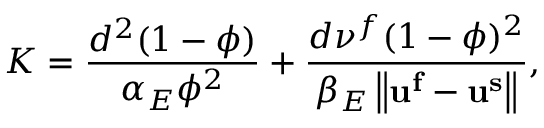
K = \frac { d ^ { 2 } ( 1 - \phi ) } { \alpha _ { E } \phi ^ { 2 } } + \frac { d \nu ^ { f } ( 1 - \phi ) ^ { 2 } } { \beta _ { E } \left\| \mathbf { u ^ { f } } - \mathbf { u ^ { s } } \right\| } ,